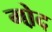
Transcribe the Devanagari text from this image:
गो़द